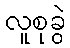
လူစုခွဲ